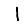
Digit: 1